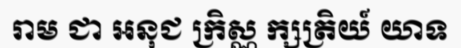
រាម ជា អនុជ ក្រិស្ណ ក្សត្រិយ៍ យាទ